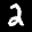
Label: 2